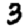
Digit: 3